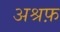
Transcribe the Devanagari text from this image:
अश्रफ़